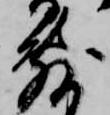
敷